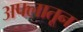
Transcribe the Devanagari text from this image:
अफ्लातून